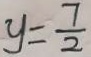
y = \frac { 7 } { 2 }